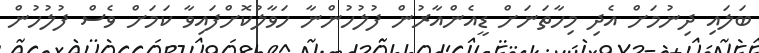
ބަލައި ދިނުމަށް އެދި މިހާތަނަށް ޑީއެންއާރުން ފުލުހުންނާ ހަވާލުކޮށްފައިވާ ކަމަށް ވެސް ފުލުހުން